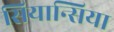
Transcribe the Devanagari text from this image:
सियान्सिया